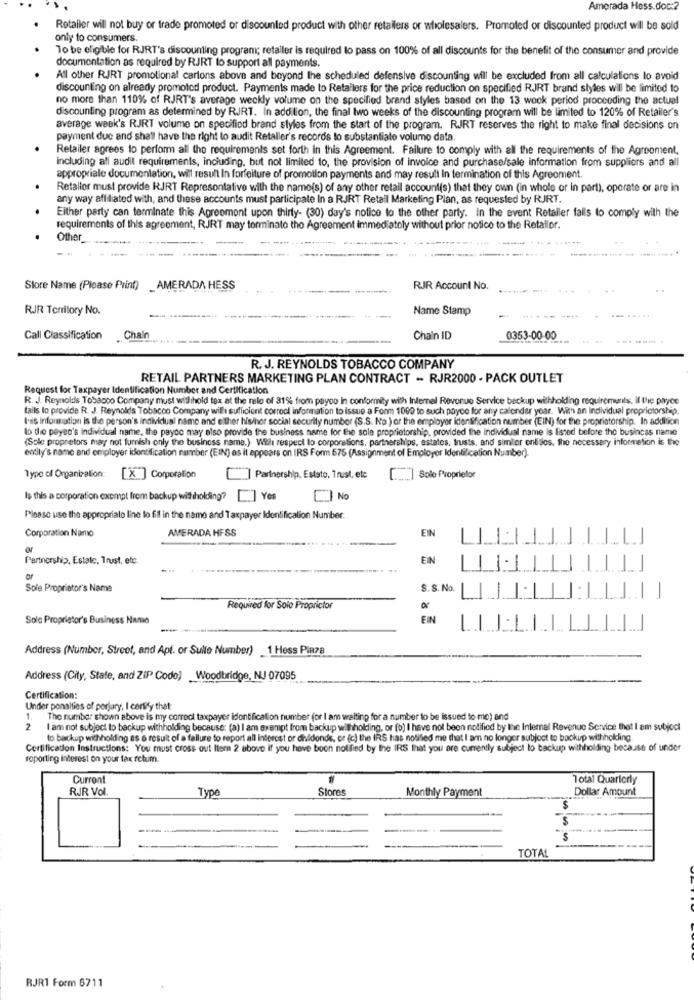
Amorada Hess.doc :?
Retailer will not buy or trade promoted or discounted product with other retailers or wholesalers. Promoted or discounted product will be sold
only to consumers.
To be eligible for RJRT's discounting program; retailer is required to pass on 100% of all discounts for the benefit of the consumer and provide
documentation as required by RJRT to support all payments.
All other RJRT promotional cartons above and beyond the scheduled defensive discounting will be excluded from all calculations to avoid
discounting on already promoted product. Payments made to Retailers for the price reduction on specified RJRT brand styles will be limited to
no more than 110% of RJRT's average weekly volume on the specified brand styles based on the 13 week period proceeding the actuel
discounting program as determined by RJRT. In addition, the final two weeks of the discounting program will be limited to 120% of Retailer's
average week's RJRT volume on specified brand styles from the start of the program. RJRT reserves the right to make final decisions on
payment due and shall have the right to audit Retaller's records to substantiate volume data.
Retailer agrees to perform all the requirements set forth in this Agreement. Failure to comply with all the requirements of the Agreement,
including all audit requirements, including, but not limited to, the provision of invoice and purchase/sale information from suppliers and all
appropriale documentation, will result In forfeiture of promotion payments and may result In termination of this Agreement.
Retailor must provide RJRT Representative with the name(s) of any other retail account(s) that they own (in whole or in part), operate or are in
any way affiliated with, and these accounts must participate In a RJRT Retall Marketing Plan, as requested by RJRT.
Either party can terminate this Agreement upon thirty- (30) day's notice to the other party. in the event Retailer falls to comply with the
requirements of this agreement, RJRT may terminato the Agreement immediately without prior notice to the Retailor.
Other
Store Name (Please Print) _AMERADA HESS
RJR Account No.
RJR Territory No.
Name Stamp
....
Call Classification
Chain
Chain ID
0353-00-00
R. J. REYNOLDS TOBACCO COMPANY
RETAIL PARTNERS MARKETING PLAN CONTRACT - RJR2000 - PACK OUTLET
Request for Taxpayer Identification Number and Certification
R. J. Reynolds Tobacco Company must withhold tox at the rele of 31% from payoo in conformity with Internal Revenue Service backup withholding requirements, il the payce
falls to provide R. J. Reynolds Tobacco Company will sufficient corrool information to issue a Form 1000 to such poyoe for any calendar year. With an Individual proprietorship
(vais information is the person's individual name and either his/hor social security number (S.S. No.) or the employer identification number (EIN) for the proprietorship. In addition
to the payee's individual name, the payce may also provide the business name for the sole proprietorship, provided the individual name is listed before the busincas name
(Sole propretors may not furnish only the business name.) With respect to corporations, partnerships, estates, trusts, and simler onlitles, the necessary information is the
entity's name and employer identification number (EIN) as it appears on IRS For 575 (Assignment of Employer Identification Number).
Type of Organization:
[X ] Corporation
] Partnership, Eststo, Trust, etc
[ .. ] Sole Proprietor
Is this a corporation exempt from backup withholding? [] Yes
No
Please use the appropriato line to fill in the name and Taxpayer Identification Number.
Corporation Namo
AMERADA HFSS
EIN
of
Partnership, Estate, Trust, etc.
EIN
ar
Sole Proprietor's Name
S. S. No.
Required for Solo Proprictor
Sole Proprietor's Business Name
EIN
Address (Number, Street, and Apl. or Sulle Number) 1 Hess Pinza
Address (City, State, and ZIP Code) Woodbridge, NJ 07095
Certification:
Under ponalties of perjury, I certify that
1.
The number shown above is my correct taxpayer identification number (or I am waiting for a number to be issued to me) and
2
I am not subject to backup withholding because: (a) I am exempt from backup withholding, or (b) I have not been notified by the Internal Revenue Service that I am subjod
to backup withholding as a result of a failure to report all interest or dihvidonde, or (c) the IRS has notified me that I am no longer subject to backup withholding.
Certification Instructions: You must cross out Itern 2 above if you have boon notified by the IRS that you are currently subject to backup withholding because of under
reporting interest on your tax retum.
Current
Total Quarterly
RJR Vol
Type
Stores
Monthly Payment
Dollar Amount
100 00,00
TOTAL
RJR1 Form 6711